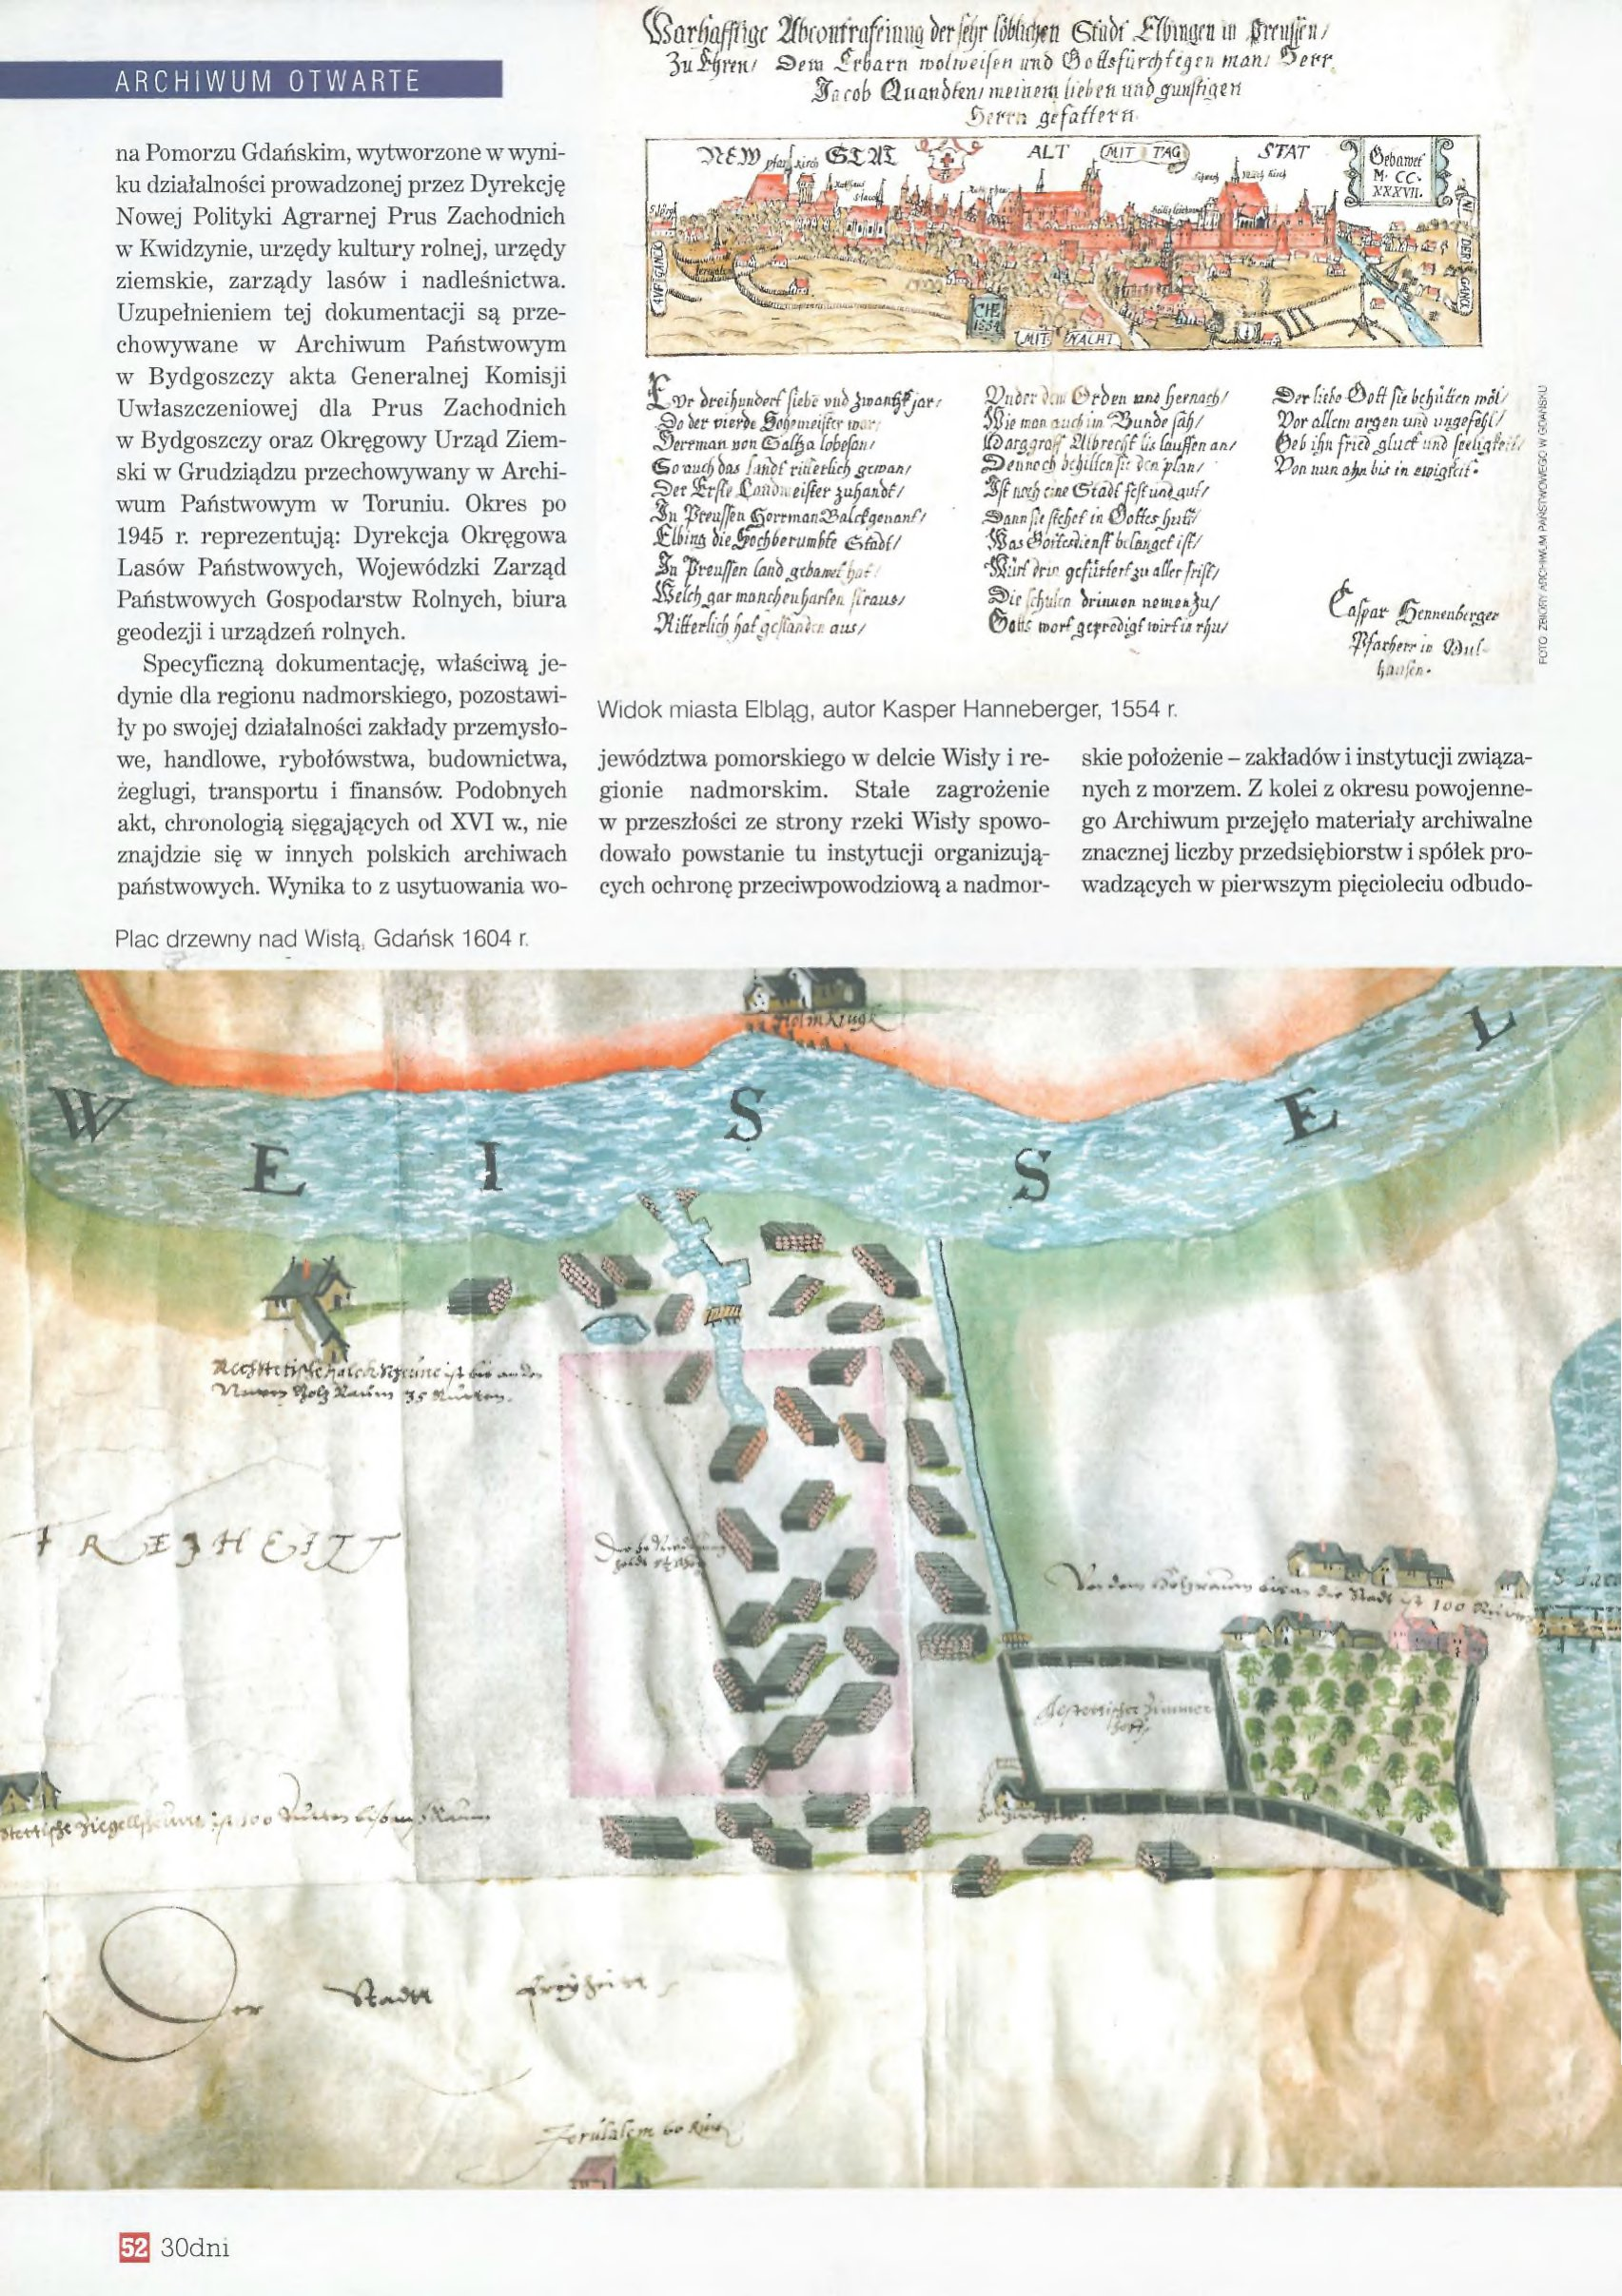
Language: pl